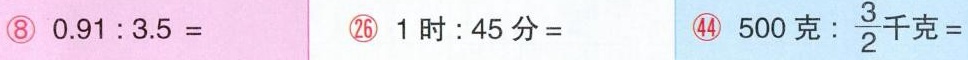
⑧ $$0 . 9 1 : 3 . 5 =$$ ㉖ $$1 时 : 4 5 分 =$$ ㊹ $$5 0 0 克 : \frac { 3 } { 2 } 千 克 =$$